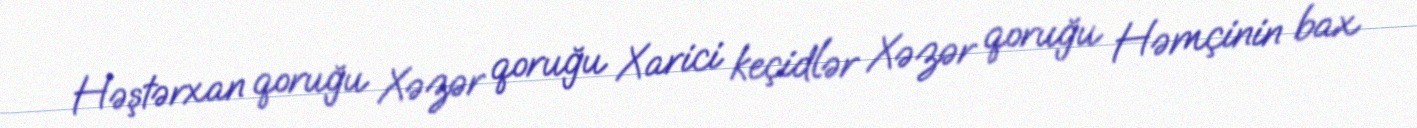
Həştərxan qoruğu Xəzər qoruğu Xarici keçidlər Xəzər qoruğu Həmçinin bax